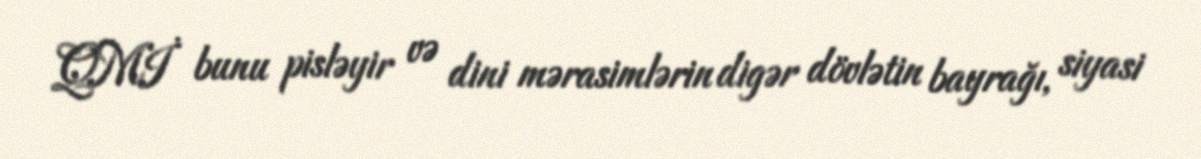
QMİ bunu pisləyir və dini mərasimlərin digər dövlətin bayrağı, siyasi